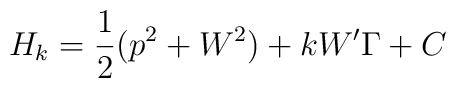
H_k=\frac{1}{2}(p^2+W^2)+kW'\Gamma+C